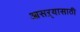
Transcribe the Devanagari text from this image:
आसऱ्यासाठी